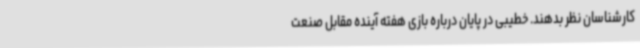
کارشناسان نظر بدهند. خطیبی در پایان درباره بازی هفته آینده مقابل صنعت